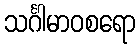
သင်္ဂါမာဝစရော